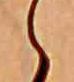
ゝ